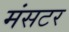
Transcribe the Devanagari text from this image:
मंसटर